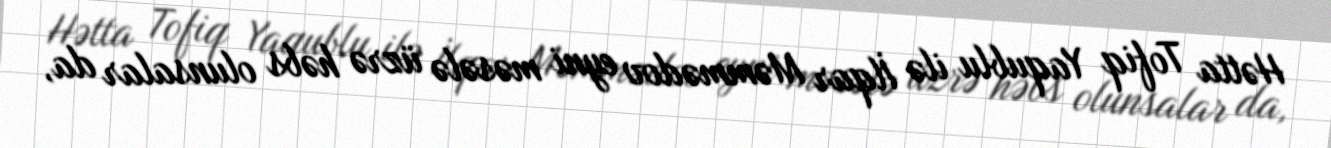
Hətta Tofiq Yaqublu ilə İlqar Məmmədov eyni məsələ üzrə həbs olunsalar da,